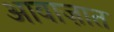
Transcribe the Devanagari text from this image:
आवाज़ात